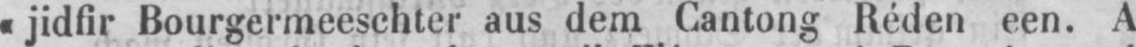
«jidfir Bourgermeeschter aus dem Cantong Réden een. A